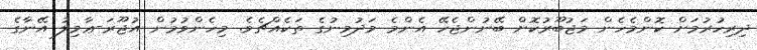
ދިރިހުރުމަށް ކޮންމެހެން މަޖުބޫރުކޮށް ބޭނުންޖެހޭ އެންމެ މަދުމިނުގެ ތަކެއްޗެވެ. މިހެންވުމުން އުޖޫރަ-ޢާމިލު އޭނާގެ